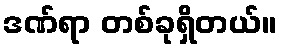
ဒဏ်ရာ တစ်ခုရှိတယ်။